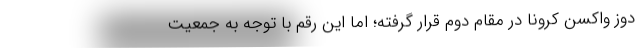
دوز واکسن کرونا در مقام دوم قرار گرفته؛ اما این رقم با توجه به جمعیت